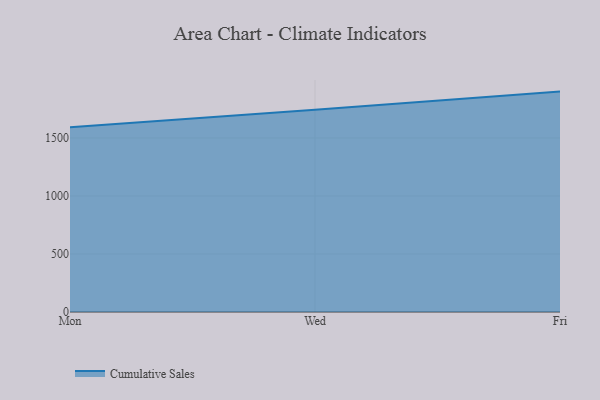
{"axis": {"x": "Day", "y": "Gross Profit (USD K)"}, "legend": ["Cumulative Sales"], "data": [{"x": "Mon", "y": 1592.2, "type": "Cumulative Sales"}, {"x": "Wed", "y": 1742.6, "type": "Cumulative Sales"}, {"x": "Fri", "y": 1899.6, "type": "Cumulative Sales"}]}